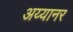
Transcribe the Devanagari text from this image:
अय्यानर